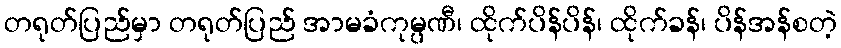
တရုတ်ပြည်မှာ တရုတ်ပြည် အာမခံကုမ္ပဏီ၊ ထိုက်ပိန်ပိန်၊ ထိုက်ခန်၊ ပိန်အန်စတဲ့